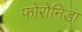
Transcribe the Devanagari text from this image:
फोरोनिडा